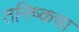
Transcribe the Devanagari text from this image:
तनिष्कचा